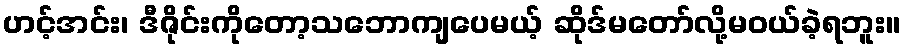
ဟင့်အင်း၊ ဒီဇိုင်းကိုတော့သဘောကျပေမယ့် ဆိုဒ်မတော်လို့မဝယ်ခဲ့ရဘူး။